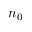
n _ { 0 }